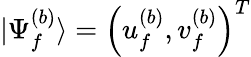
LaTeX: |\Psi_{f}^{(b)}\rangle=\left(u_{f}^{(b)},v_{f}^{(b)}\right)^{T}